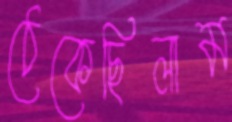
ঠেকেছিলাম